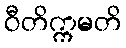
ဝီတိက္ကမတိ